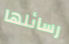
رسائلها